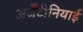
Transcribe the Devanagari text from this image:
अर्जेंटीनियाई